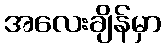
အလေးချိန်မှာ